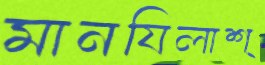
মানযিলাশ্